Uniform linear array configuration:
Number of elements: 8
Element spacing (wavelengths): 0.75
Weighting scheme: exponential
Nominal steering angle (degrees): -15
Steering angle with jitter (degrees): -13.684
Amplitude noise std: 0.05
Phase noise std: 0.05

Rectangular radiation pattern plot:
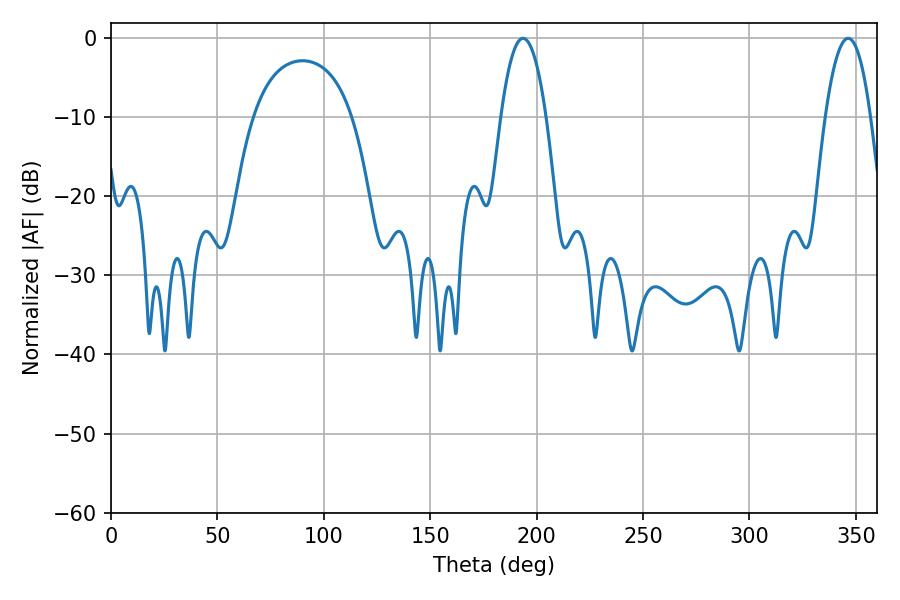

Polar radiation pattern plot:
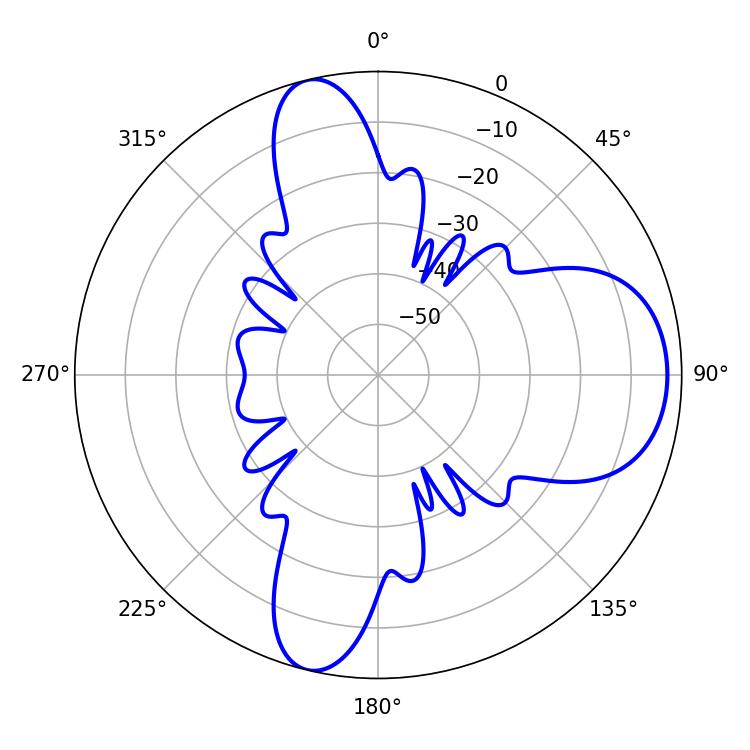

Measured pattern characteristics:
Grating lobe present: TRUE
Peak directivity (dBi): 10.219
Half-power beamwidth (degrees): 11.88
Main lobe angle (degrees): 346.32